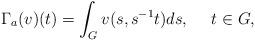
LaTeX: \begin{align*}\Gamma_a(v)(t) = \int_G v(s,s^{-1}t)ds, \ \ \ \ t\in G,\end{align*}